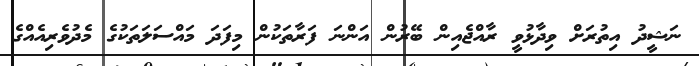
ނަޝީދު އިތުރަށް ވިދާޅުވީ ރާއްޖެއިން ބޭރުން އަންނަ ފަރާތަކުން މިފަދަ މައްސަލަތަކުގެ މެދުވެރިއެއްގެ